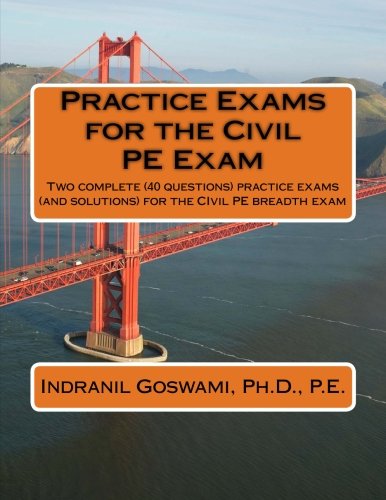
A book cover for Practice Exams for the Civil PE Examination: Two practice exams (and solutions) geared towards the breadth portion of the Civil PE Exam; Dr. Indranil Goswami P.E.; Test Preparation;